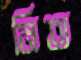
মিত